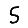
Digit: 5